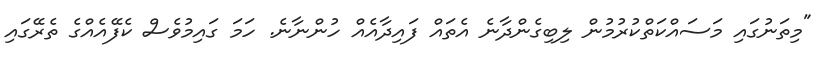
"މިތަނުގައި މަސައްކަތްކުރުމުން ލިބިގެންދާނެ އެތައް ފައިދާއެއް ހުންނާނެ. ހަމަ ގައިމުވެސް ކެފޭއެއްގެ ތެރޭގައި